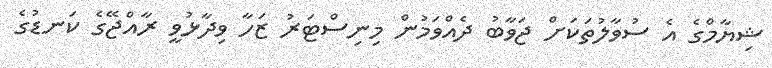
ޝިޔާމްގެ އެ ސުވާލުތަކަށް ޖަވާބު ދެއްވަމުން މިނިސްޓަރު ޒަހާ ވިދާޅުވީ ރާއްޖޭގެ ކަނޑުގެ